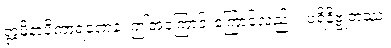
ဣမိနာပိကာရဏေန၊ ဤအကြောင်းကြောင့်လည်း။ ပရိနိဗ္ဗုတဿ၊